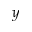
y